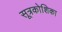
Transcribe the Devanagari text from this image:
सूत्रकोशिका